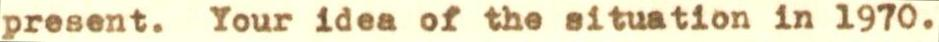
present. Your idea of the situation in 1970.